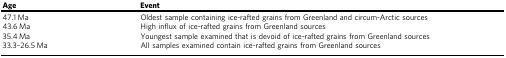
<table><thead><tr><td><b>Age</b></td><td><b>Event</b></td></tr></thead><tbody><tr><td>47.1 Ma</td><td>Oldest sample containing ice-rafted grains from Greenland and circum-Arctic sources</td></tr><tr><td>43.6 Ma</td><td>High influx of ice-rafted grains from Greenland sources</td></tr><tr><td>35.4 Ma</td><td>Youngest sample examined that is devoid of ice-rafted grains from Greenland sources</td></tr><tr><td>33.3–26.5 Ma</td><td>All samples examined contain ice-rafted grains from Greenland sources</td></tr></tbody></table>